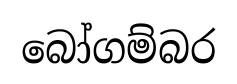
බෝගම්බර